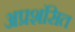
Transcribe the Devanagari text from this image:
अप्रशंसित